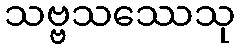
သဗ္ဗသဿေသု